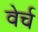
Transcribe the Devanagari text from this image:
वेर्च